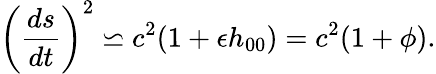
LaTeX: \left(\frac{ds}{dt}\right)^{2}\backsimeq c^{2}(1+\epsilon h_{00})=c^{2}(1+\phi).